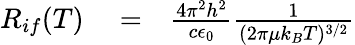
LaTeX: \begin{array}{rlr}{R_{if}(T)}&{{}=}&{\frac{4\pi^{2}h^{2}}{c\epsilon_{0}}\frac{1}{(2\pi\mu k_{B}T)^{3/2}}}\end{array}